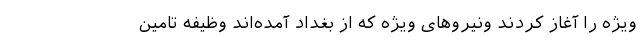
ویژه را آغاز کردند ونیروهای ویژه که از بغداد آمده‌اند وظیفه تامین